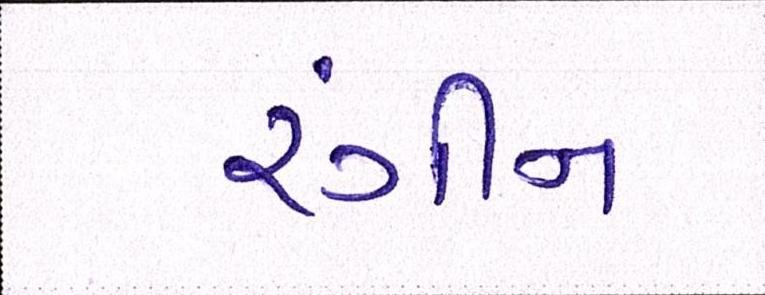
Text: રંગીન